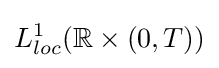
L_{loc}^{1}(\mathbb {R} \times (0,T))